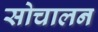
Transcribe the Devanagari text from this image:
सोचालन